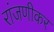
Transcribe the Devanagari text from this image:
रांजणीकर